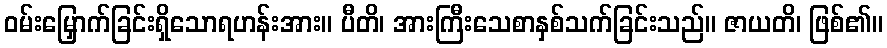
ဝမ်းမြှောက်ခြင်းရှိသောရဟန်းအား။ ပီတိ၊ အားကြီးသေစာနှစ်သက်ခြင်းသည်။ ဇာယတိ၊ ဖြစ်၏။